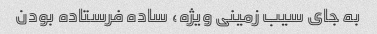
به جای سیب زمینی ویژه، ساده فرستاده بودن